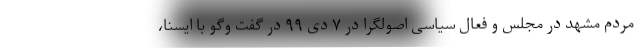
مردم مشهد در مجلس و فعال سیاسی اصولگرا در ۷ دی ۹۹ در گفت وگو با ایسنا،